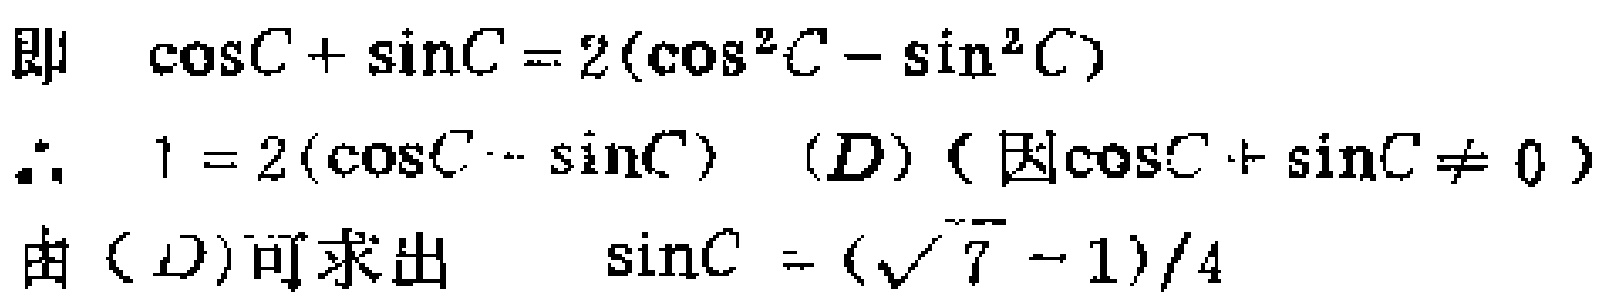
即 \(\cos C+\sin C = 2(\cos^{2}C-\sin^{2}C)\)
\(\therefore\ 1 = 2(\cos C - \sin C)\quad (D)\)（因\(\cos C+\sin C\neq 0\)）
由\((D)\)可求出 \(\sin C = (\sqrt{7}-1)/4\)